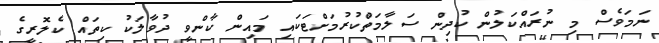
ނަމަވެސް މި ނުރައްކަލުން ކުދިން ސަލާމަތްކުރުމަށްޓަކައި މައިން ކާންވީ ދުވާލަކު ކިތައް ކެލޮރީގެ